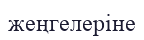
жеңгелеріне